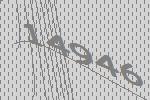
14946